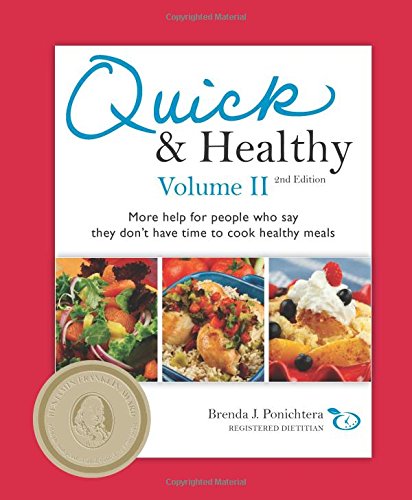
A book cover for Quick & Healthy Volume II: More Help for People Who Say They Don't Have Time to Cook Healthy Meals, 2nd Edition; Brenda Ponichtera; Health, Fitness & Dieting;